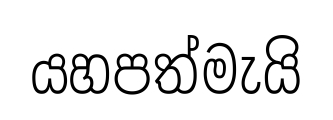
යහපත්මැයි